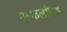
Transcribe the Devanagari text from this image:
एल्कलॉयड